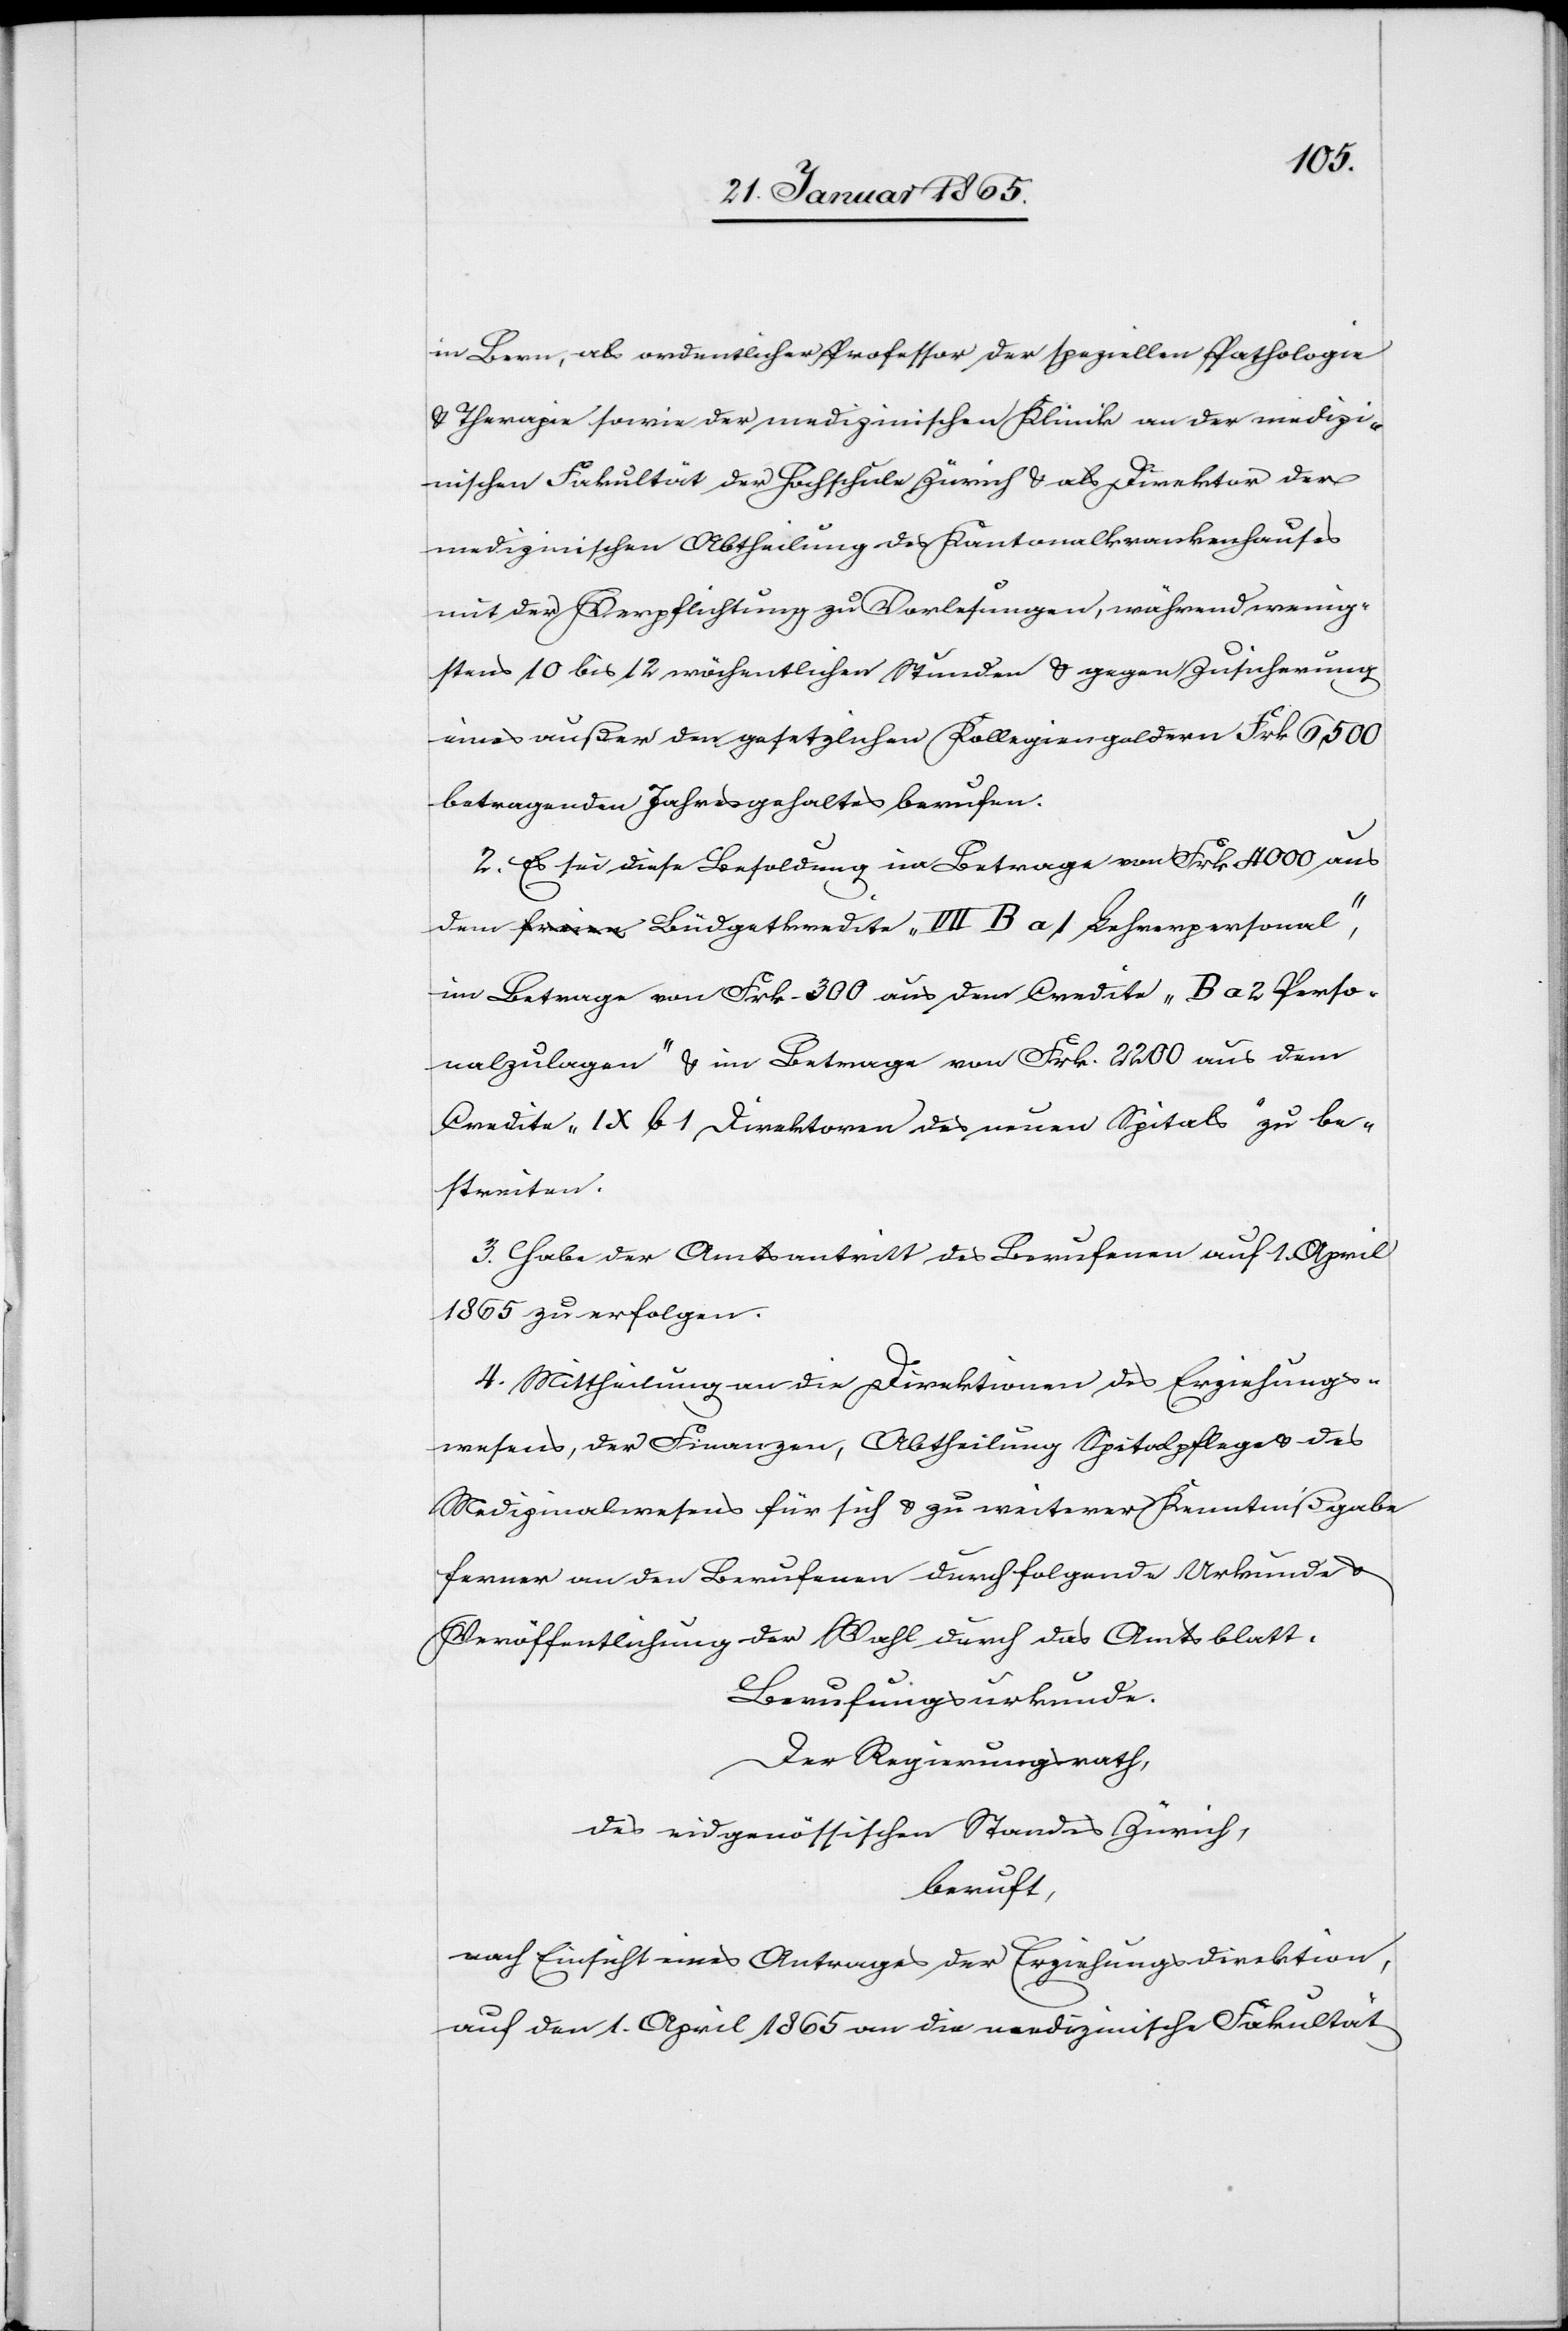
in Bern, als ordentlicher Professor der speziellen Pathologie
u. Therapie sowie der medizinischen Klinik an der medizi¬
nischen Fakultät der Hochschule Zürich u. als Direktor der
medizinischen Abtheilung des Kantonalkrankenhauses
mit der Verpflichtung zu Vorlesungen, während wenig¬
stens 10 bis 12 wöchentlichen Stunden u. gegen Zusicherung
eines außer den gesetzlichen Kollegiengeldern Frk 6,500
betragenden Jahresgehaltes berufen.
2. Es sei diese Besoldung im Betrage von Frk 4000 aus
dem Büdgetkredite „VII B a 1 Lehrerpersonal“,
im Betrage von Frk. 300 aus dem Credite „B a 2 Perso¬
nalzulagen“ u. im Betrage von Frk. 2200 aus dem
Credite „IX b 1 Direktoren des neuen Spitals“ zu be¬
streiten.
3. Habe der Amtsantritt des Berufenen auf 1. April
1865 zu erfolgen.
4. Mittheilung an die Direktionen des Erziehungs¬
wesens, der Finanzen, Abtheilung Spitalpflege u. des
Medizinalwesens für sich u. zu weiterer Kenntnißgabe
ferner an den Berufenen durch folgende Urkunde u.
Veröffentlichung der Wahl durch das Amtsblatt.
Berufungsurkunde.
Der Regierungsrath,
des eidgenössischen Standes Zürich,
beruft,
nach Einsicht eines Antrages der Erziehungsdirektion,
auf den 1. April 1865 an die medizinische Fakultät